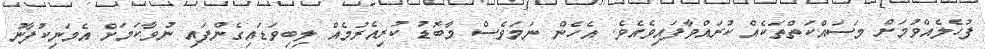
ފުހެލެއްވުމަށް މަސައްކަތްތަކެއް ކުރައްވާފައިވެއެވެ. އެހެން ނަމަވެސް މާބޮޑު ކުރިއެރުމެއް ލިބިވަޑައިގެންފައި ނުވާކަމަށް އެމަނިކުފާނު